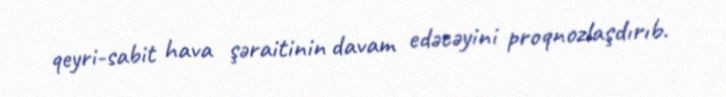
qeyri-sabit hava şəraitinin davam edəcəyini proqnozlaşdırıb.